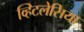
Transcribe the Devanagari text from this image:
व्हिटलेसिया